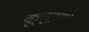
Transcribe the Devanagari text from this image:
कूचुकुट्टी